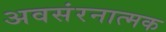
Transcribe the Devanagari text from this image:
अवसंरनात्मक